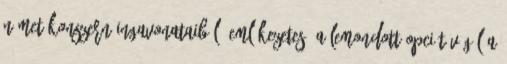
német konszern ingavonataiból. Emlékezetes, a lemondott opciót végül a